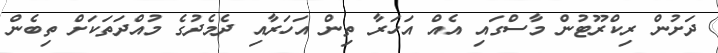
ދަށުން ރިކްރޫޓުން މާސްގައި އެއް އަހަރާ ތިން އަހަރާއި ދެމެދުގެ މުއްދަތަކަށް ތިބެން